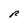
Character: R